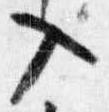
入